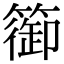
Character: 篽